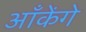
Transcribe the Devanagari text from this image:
आँकेंगे